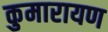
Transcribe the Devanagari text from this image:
कुमारायण